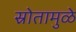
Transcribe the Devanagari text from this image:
स्रोतामुळे